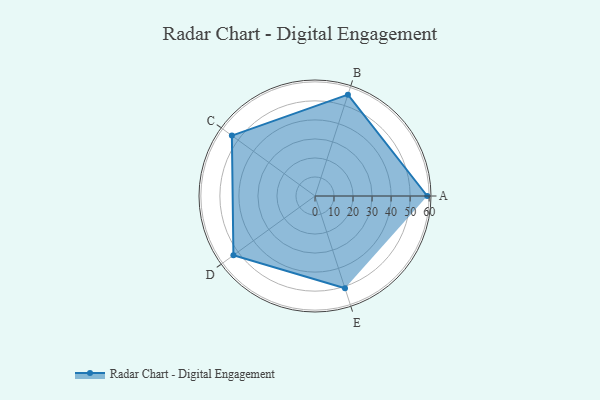
{"axis": {"x": "Skill", "y": "Score"}, "legend": ["Profile"], "data": [{"x": "A", "y": 59.0, "type": "Profile"}, {"x": "B", "y": 56.0, "type": "Profile"}, {"x": "C", "y": 54.0, "type": "Profile"}, {"x": "D", "y": 53.0, "type": "Profile"}, {"x": "E", "y": 51.0, "type": "Profile"}]}